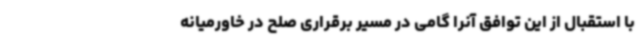
با استقبال از این توافق آنرا گامی در مسیر برقراری صلح در خاورمیانه